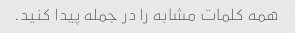
همه کلمات مشابه را در جمله پیدا کنید.